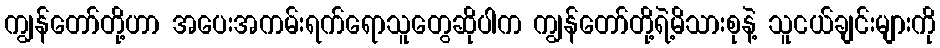
ကျွန်တော်တို့ဟာ အပေးအကမ်းရက်ရောသူတွေဆိုပါက ကျွန်တော်တို့ရဲ့မိသားစုနဲ့ သူငယ်ချင်းများကို